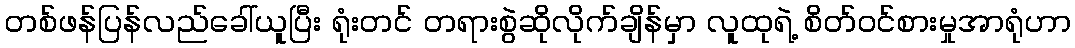
တစ်ဖန်ပြန်လည်ခေါ်ယူပြီး ရုံးတင် တရားစွဲဆိုလိုက်ချိန်မှာ လူထုရဲ့ စိတ်ဝင်စားမှုအာရုံဟာ